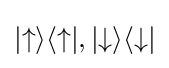
|{\uparrow }\rangle \langle {\uparrow }|,|{\downarrow }\rangle \langle {\downarrow }|